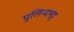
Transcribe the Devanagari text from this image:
पुलिन्दभट्ट